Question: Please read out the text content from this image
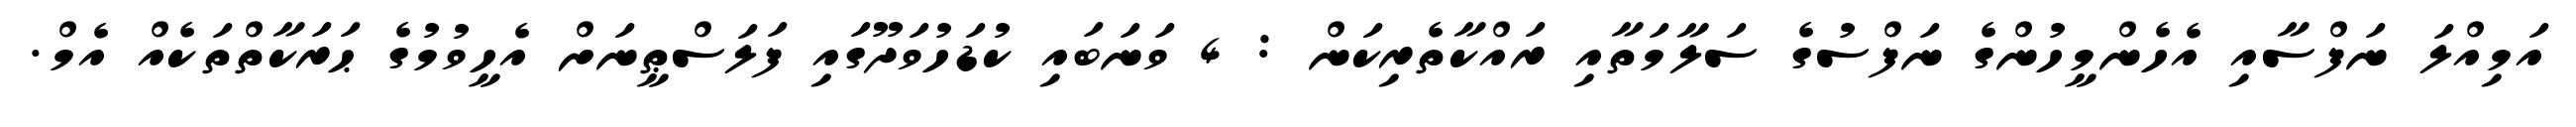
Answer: އަމިއްލަ ނަފްސާއި އެހެންމީހުންގެ ނަފްސުގެ ސަލާމަތާއި ރައްކާތެރިކަން : 4 ވަނަބައި ކުޑަހުވަދޫގައި ފަލަސްޠީނަށް އެހީވުމުގެ ޙަރަކާތްތަކެއް އެމް.